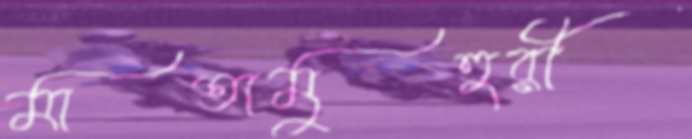
মাতামুহুরী